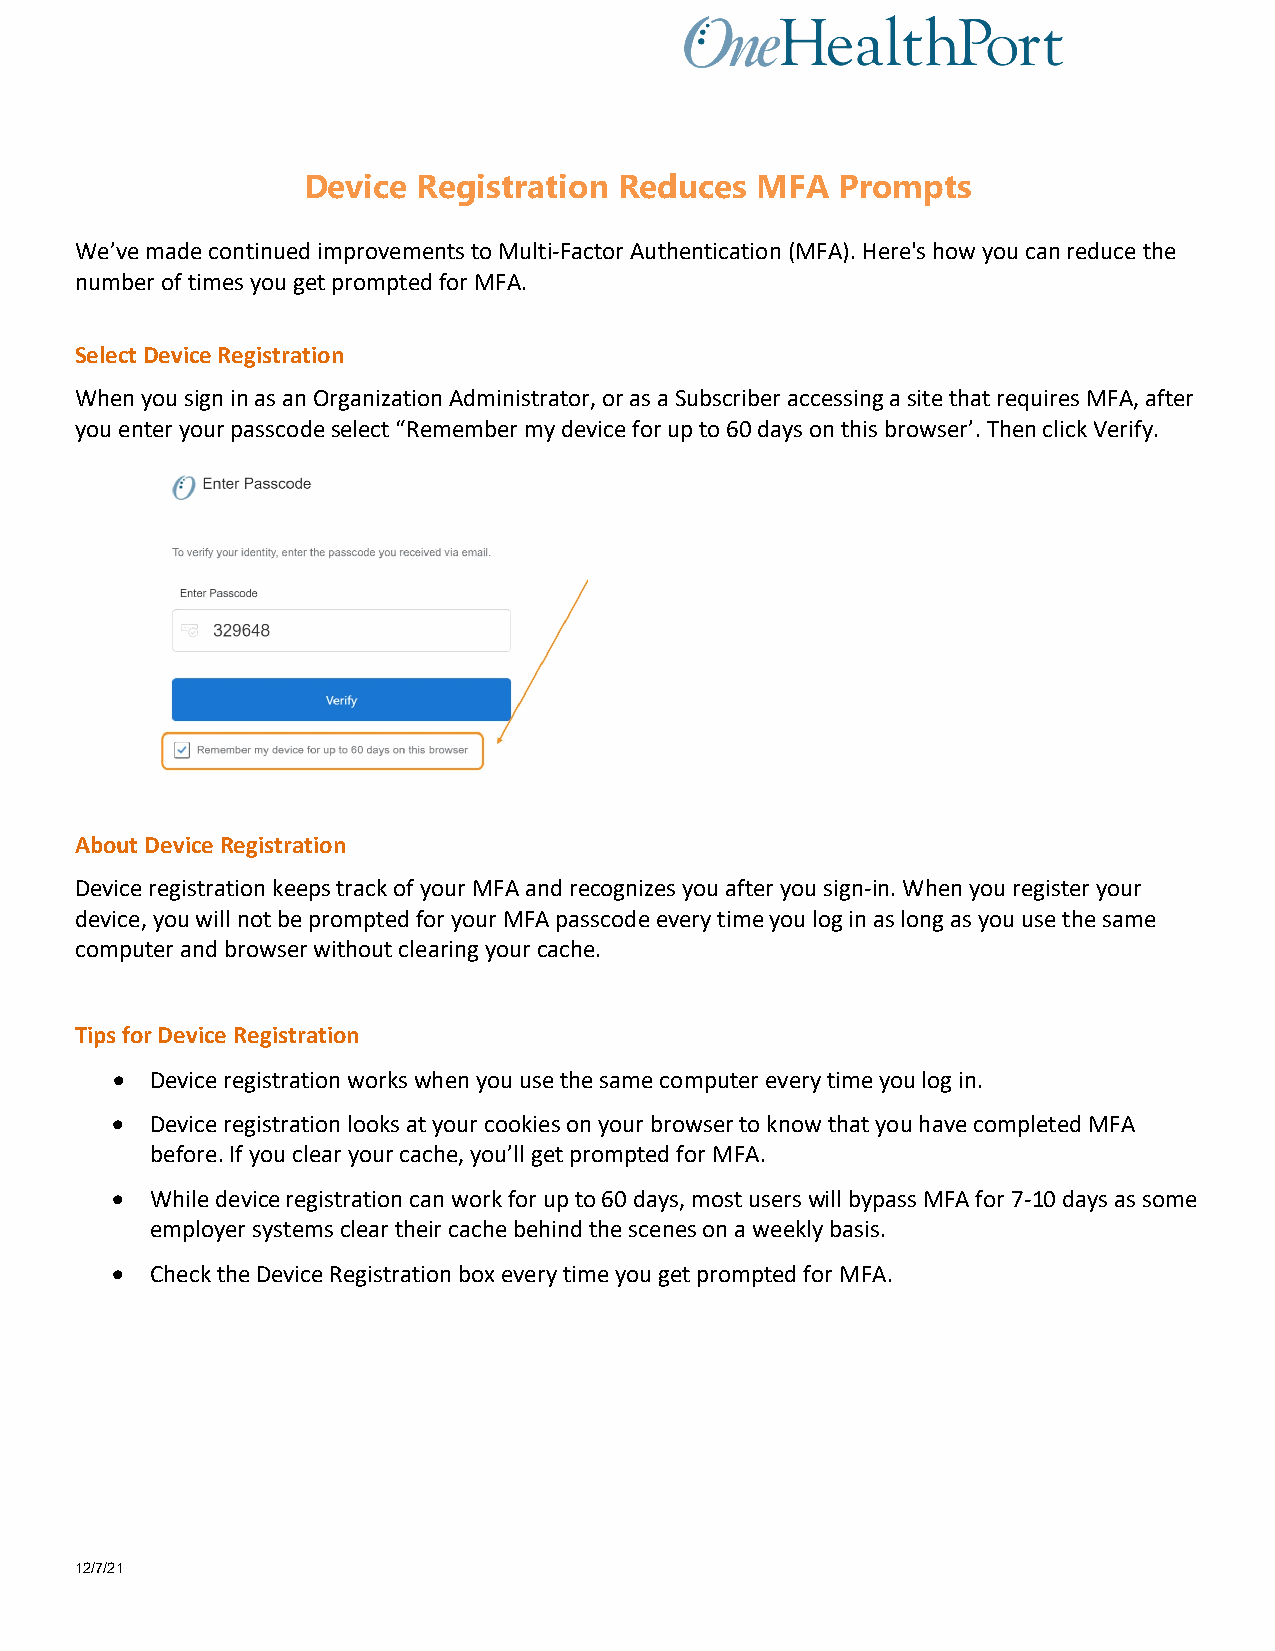
Device  Registration Reduces  MFA   Prompts
 We’ve made continued improvements to Multi-Factor Authentication (MFA). Here's how you can reduce the
 number of times you get prompted for MFA.
 Select Device Registration
 When you sign in as an Organization Administrator, or as a Subscriber accessing a site that requires MFA, after
 you enter your passcode select “Remember my device for up to 60 days on this browser’. Then click Verify.
 About Device Registration
 Device registration keeps track of your MFA and recognizes you after you sign-in. When you register your
 device, you will not be prompted for your MFA passcode every time you log in as long as you use the same
 computer and browser without clearing your cache.
 Tips for Device Registration
 •  Device registration works when you use the same computer every time you log in.
 •  Device registration looks at your cookies on your browser to know that you have completed MFA
 before. If you clear your cache, you’ll get prompted for MFA.
 •  While device registration can work for up to 60 days, most users will bypass MFA for 7-10 days as some
 employer systems clear their cache behind the scenes on a weekly basis.
 •  Check the Device Registration box every time you get prompted for MFA.
 12/7/21